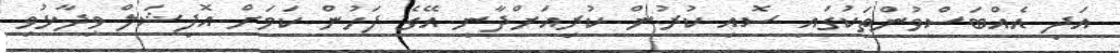
އަދި އެއްބަސްވުންތަކުގައި ސޮއި ކުރުން ކުރިއަށްދާނީ އޭގެ ފަހުން ކަމަށް އޮފިޝަލް ވިދާޅުވި